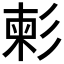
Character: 𢒞